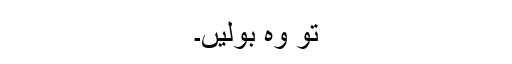
تو وہ بولیں۔